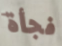
فجأة